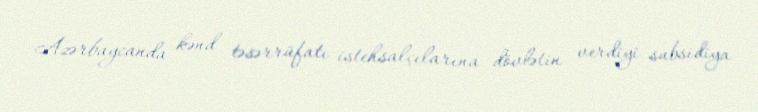
Azərbaycanda kənd təsərrüfatı istehsalçılarına dövlətin verdiyi subsidiya